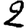
Digit: 2